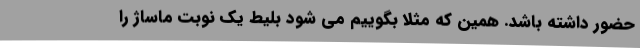
حضور داشته باشد. همین که مثلا بگوییم می شود بلیط یک نوبت ماساژ را